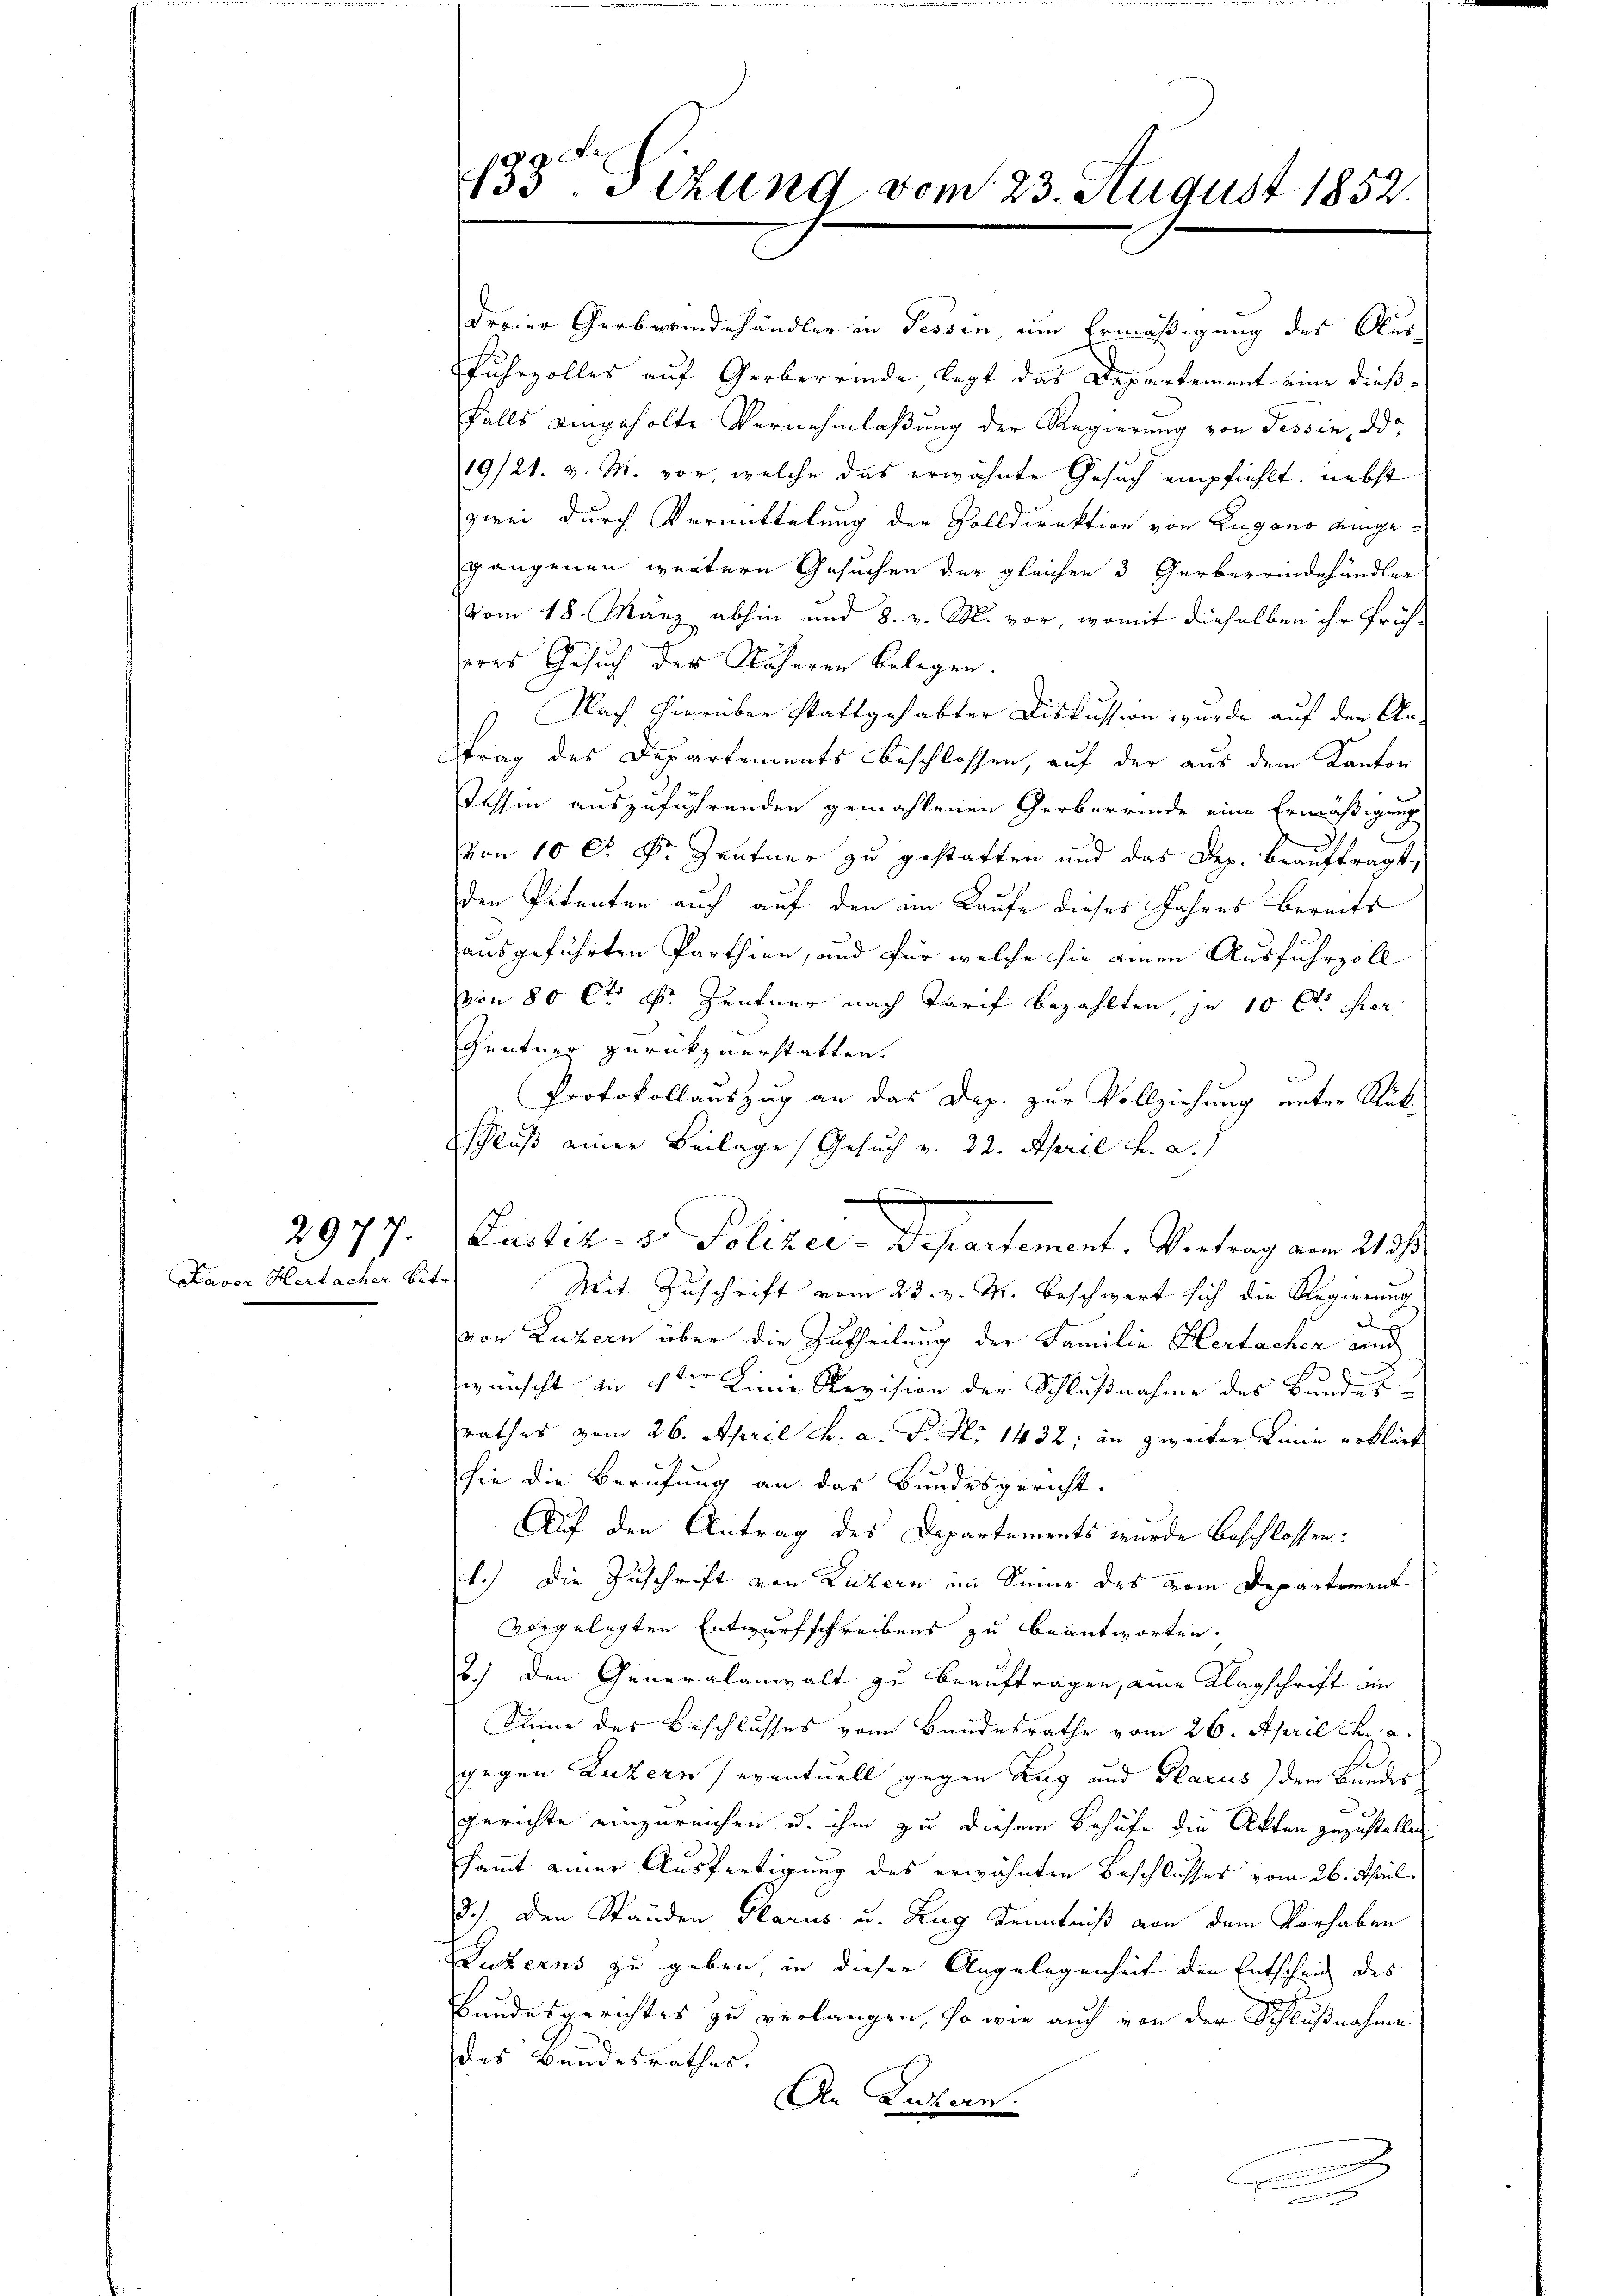
Kaver Hertacher Betr.

2977.

433t Setzung vom 23. August 1852.

derier Gerbeeindehändler in Tessin, um Ermäßigung des Aus¬
Fuhrzolles auf Gerberrinde legt das Departement eine dießfalls eingeholte Vernehmlaßung der Regierung von Tessin, der
19/21. v. M. vor, welche das erwähnte Gesuch empfiehlt, nebst
zwei durch Vermittelung der Volldirektion von Lugano eingegangenen weitern Gesuchen der gleichen 3 Gerberrindehändler
vom 18. März abhin und 8. v. M. vor, womit dieselben ihr früheres Gesuch der Näheren belegen.
Nach hierüber stattgehabter Diskussion wurde auf den An-
trag des Departements beschlossen, auf der aus dem Kanton
Tessin auszuführenden gemahlenen Gerberrinde eine Ermäßigung
Von 10 Fr. Dr Zentner zu gestatten und das Dez. beauftragt,
den Petenten auch auf den am Kaufe dieses Jahres bereits
ausgeführten Parthien, und für welche sie einen Ausfuhrzoll
von 80 Ct. S. Zentner nach Tarif bezahlten, je 10 Ct. Thier
Gentner zurückzuerstatten.
Protokollauszug an das Dep. zur Vollziehung unter Rück¬
Eschluß einer Beilage Gesuch v. 22. April h. a.
Mit Zuschrift vom 23. v. M. beschwert sich die Regierung
e
von Luzern über die Zutheilung der Familie Hertacher und
9
wünscht in der Linie Revision der Schlußnahme des Bundes-
rathes vom 26. April c. a. f. No 1432: in zweiter Linie erklärt
sie die Berufung an das Bundesgericht.
Auf den Antrag des Departements wurde beschlossen:
1.) Die Zuschrift von Luzern im Sinne des vom Departement
vorgelegten Entwurfschreibens zu beantworten.
2.) Den Generalanwalt zu beauftragen, eine Klagschrift im
Sinne des Beschlusses von Bundesrathe vom 26. April c. a.
gegen Luzern seventuell gegen Zug und Glarus) dem Bundes
Gerichte einzureichen u. ihm zu diesem Behufe die Akten zuzustellen
sammt einer Ausfertigung des erwähnten Beschlusses vom 26. April
d.) Den Ständen Glarus u. Zug Kenntniß von dem Vorhaben
Luzerns zu geben, in dieser Angelegenheit den Entscheid des
Bundesgerichtes zu verlangen, so wie auch von der Schlußnahme
des Bundesrathes.
An Luzern.
s

Puster. v. Polizei. Departement. Vertrag am 21st